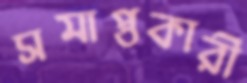
সমাপ্তকারী